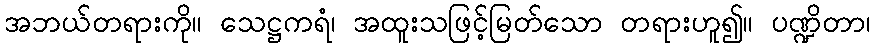
အဘယ်တရားကို။ သေဋ္ဌကရံ၊ အထူးသဖြင့်မြတ်သော တရားဟူ၍။ ပဏ္ဍိတာ၊